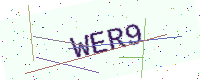
Text: WER9